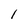
Character: 1